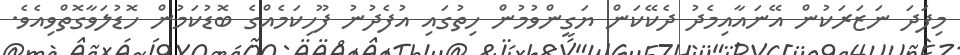
މިފަދަ ނަޒަރަކުން އޭނައާއިމެދު ދެކޭކަން ޔަގީންވުމުން ހިތުގައި އުފެދުނު ފޫހިކަމެއްގެ ބޮޑުކަމުން ހޮޑުލަވާގޮތްވިއެވެ.